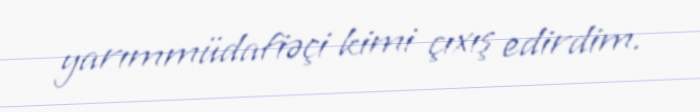
yarımmüdafiəçi kimi çıxış edirdim.